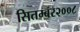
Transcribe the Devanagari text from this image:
सितम्बर२००८